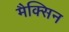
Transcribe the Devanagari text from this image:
मैक्सिन